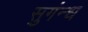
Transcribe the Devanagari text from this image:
सुगंन्ध